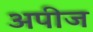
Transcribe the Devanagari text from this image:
अपीज